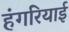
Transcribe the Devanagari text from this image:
हंगरियाई